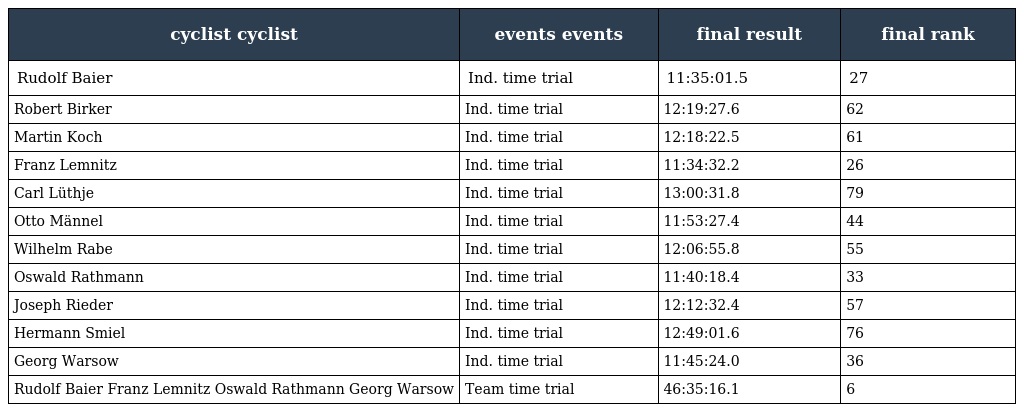
| cyclist cyclist | events events | final result | final rank |
 | --- | --- | --- | --- |
 | Rudolf Baier | Ind. time trial | 11:35:01.5 | 27 |
 | Robert Birker | Ind. time trial | 12:19:27.6 | 62 |
 | Martin Koch | Ind. time trial | 12:18:22.5 | 61 |
 | Franz Lemnitz | Ind. time trial | 11:34:32.2 | 26 |
 | Carl Lüthje | Ind. time trial | 13:00:31.8 | 79 |
 | Otto Männel | Ind. time trial | 11:53:27.4 | 44 |
 | Wilhelm Rabe | Ind. time trial | 12:06:55.8 | 55 |
 | Oswald Rathmann | Ind. time trial | 11:40:18.4 | 33 |
 | Joseph Rieder | Ind. time trial | 12:12:32.4 | 57 |
 | Hermann Smiel | Ind. time trial | 12:49:01.6 | 76 |
 | Georg Warsow | Ind. time trial | 11:45:24.0 | 36 |
 | Rudolf Baier Franz Lemnitz Oswald Rathmann Georg Warsow | Team time trial | 46:35:16.1 | 6 |